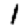
Digit: 1